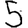
Digit: 5